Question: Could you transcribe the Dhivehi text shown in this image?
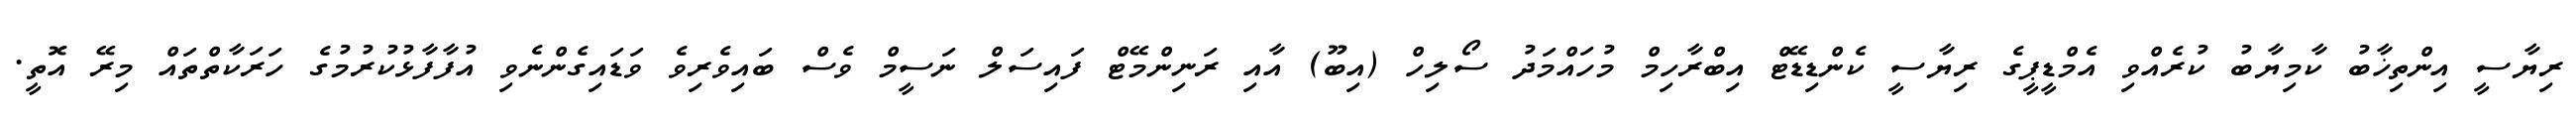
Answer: ރިޔާސީ އިންތިޚާބު ކާމިޔާބު ކުރެއްވި އެމްޑީޕީގެ ރިޔާސީ ކެންޑިޑޭޓް އިބްރާހިމް މުހައްމަދު ސޯލިހް (އިބޫ) އާއި ރަނިންމޭޓް ފައިސަލް ނަސީމް ވެސް ބައިވެރިވެ ވަޑައިގެންނެވި އުފާފާޅުކުރުމުގެ ހަރަކާތްތައް މިރޭ އޮތީ.